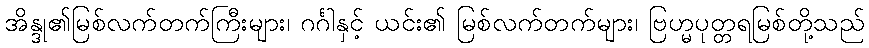
အိန္ဒု၏မြစ်လက်တက်ကြီးများ၊ ဂင်္ဂါနှင့် ယင်း၏ မြစ်လက်တက်များ၊ ဗြဟ္မပုတ္တရမြစ်တို့သည်